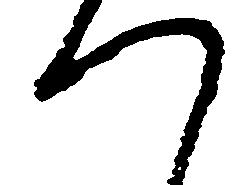
つ